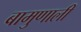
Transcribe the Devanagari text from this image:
बामुणाली